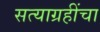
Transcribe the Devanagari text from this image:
सत्याग्रहींचा